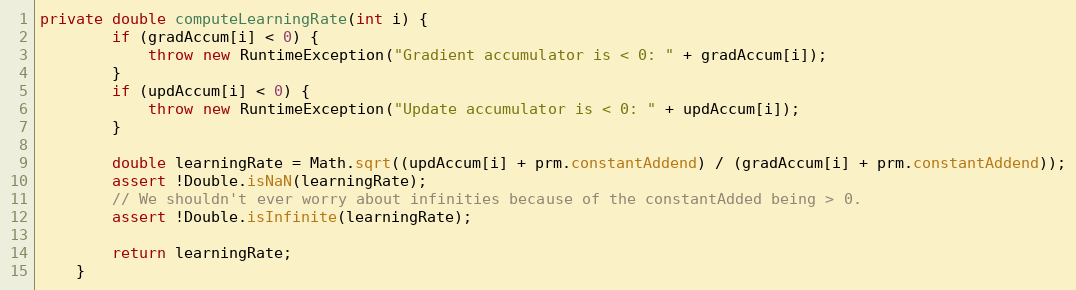
Language: Java
private double computeLearningRate(int i) {
        if (gradAccum[i] < 0) {
            throw new RuntimeException("Gradient accumulator is < 0: " + gradAccum[i]);
        }
        if (updAccum[i] < 0) {
            throw new RuntimeException("Update accumulator is < 0: " + updAccum[i]);
        }

        double learningRate = Math.sqrt((updAccum[i] + prm.constantAddend) / (gradAccum[i] + prm.constantAddend));
        assert !Double.isNaN(learningRate);
        // We shouldn't ever worry about infinities because of the constantAdded being > 0.
        assert !Double.isInfinite(learningRate);

        return learningRate;
    }